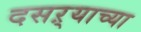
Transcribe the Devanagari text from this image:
दसऱ्‍याच्या